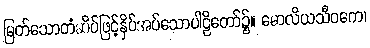
မြတ်သောတံဆိပ်ဖြင့်နှိပ်အပ်သောပါဠိတော်၌။ မောလိယသီဝကေ၊